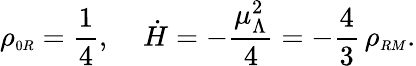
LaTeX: \rho_{\scriptscriptstyle 0R}=\frac{1}{4},\; \; \; \; \dot{H}=-\frac{\mu_{\Lambda}^{2}}{4}=-\frac{4}{3}\, \rho_{\scriptscriptstyle RM}.